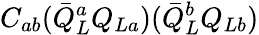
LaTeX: C_{ab}(\bar{Q}_{L}^{a}Q_{La})(\bar{Q}_{L}^{b}Q_{Lb})